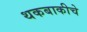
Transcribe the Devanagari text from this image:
थकबाकीचे